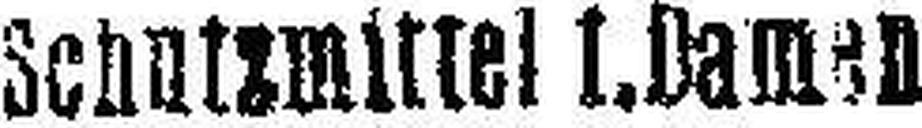
Schutzmittel l. Damen